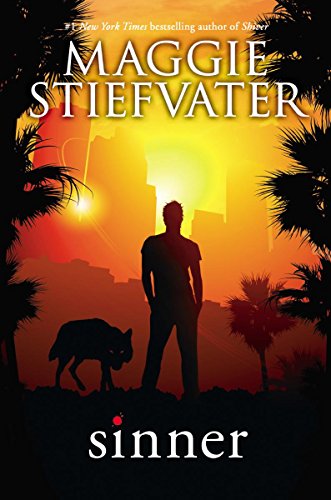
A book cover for Sinner (Shiver); Maggie Stiefvater; Teen & Young Adult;